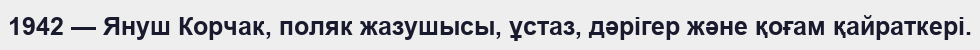
1942 — Януш Корчак, поляк жазушысы, ұстаз, дәрігер және қоғам қайраткері.